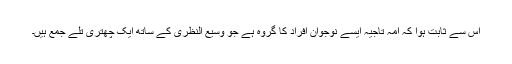
اس سے ثابت ہوا کہ امہ تاجیہ ایسے نوجوان افراد کا گروہ ہے جو وسیع النظری کے ساتھ ایک چھتری تلے جمع ہیں۔